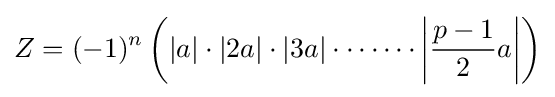
Z=(-1)^{n}\left(|a|\cdot |2a|\cdot |3a|\cdot \cdots \cdots \left|{\frac {p-1}{2}}a\right|\right)